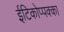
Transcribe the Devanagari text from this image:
ईटिकोप्पक्का